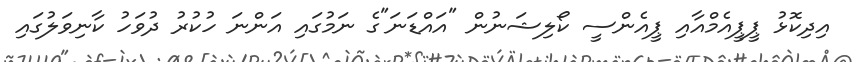
އިދިކޮޅު ޕީޕީއެމްއާއި ޕީއެންސީ ކޯލިޝަނުން "އައްޑަނަ"ގެ ނަމުގައި އަންނަ ހުކުރު ދުވަހު ކާނިވަލުގައި